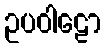
ဥပဝါဠော